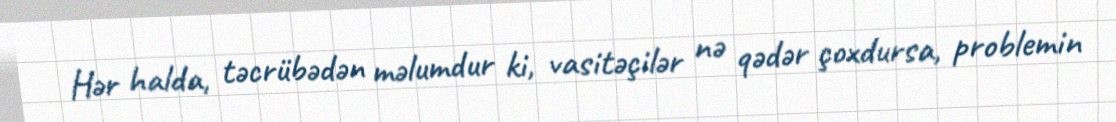
Hər halda, təcrübədən məlumdur ki, vasitəçilər nə qədər çoxdursa, problemin